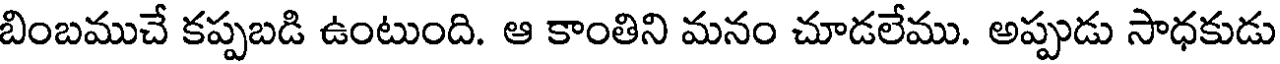
బింబముచే కప్పబడి ఉంటుంది. ఆ కాంతిని మనం చూడలేము. అప్పుడు సాధకుడు